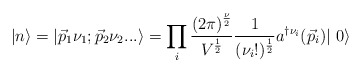
\begin{align*}| n \rangle = | {\vec{p}}_1 \nu_1; {\vec{p}}_2 \nu_2 ...\rangle = \prod_i{ {{(2 \pi)}^{{\nu}\over 2}} \over {V^{1\over 2}}} {1\over {(\nu_i !)^{1\over 2}}} a^{\dag \nu_i}({\vec{p}}_i)|\,\,0 \rangle\end{align*}